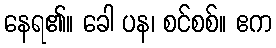
နေရ၏။ ခေါ ပန၊ စင်စစ်။ ဧက